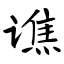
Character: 谯